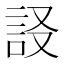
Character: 𧦀